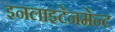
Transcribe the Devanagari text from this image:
इनलाइटेनमेन्ट